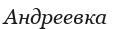
Андреевка